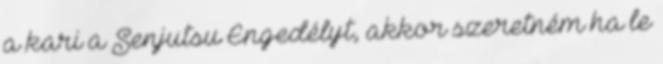
a kari a Senjutsu Engedélyt, akkor szeretném ha le